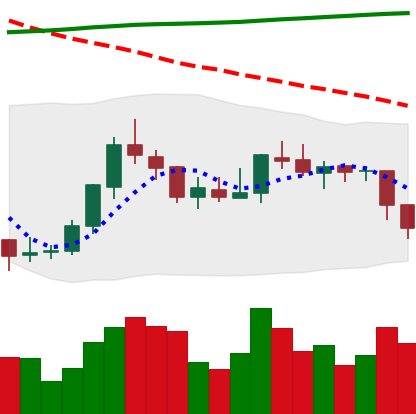
Ticker: EOS-USD
Chart end date: 2018-07-31
Forward return: -4.294%
Label: down_3_5